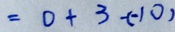
= 0 + 3 - ( - 1 0 )